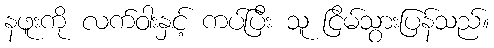
နဖူးကို လက်ဝါးနှင့် ကပ်ပြီး သူ ငြိမ်သွားပြန်သည်။